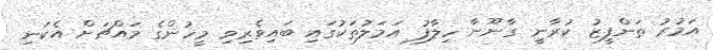
އަމުރު ތަންފީޒު ކުރާނީ ގާނޫނާ ހިލާފު އަމަލުތަކުގައި ބައިވެރިވި މީހުންގެ މައްޗަށް އެކަނި